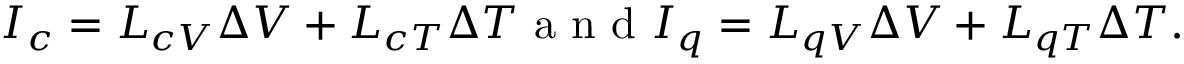
I _ { c } = L _ { c V } \Delta V + L _ { c T } \Delta T \mathrm { ~ a ~ n ~ d ~ } I _ { q } = L _ { q V } \Delta V + L _ { q T } \Delta T .